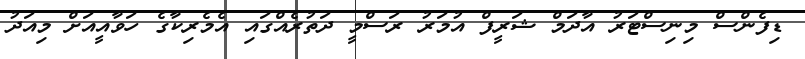
ޑިފެންސް މިނިސްޓަރު އާދަމް ޝަރީފް އުމަރު ރަސްމީ ދަތުރެއްގައި އެމެރިކާގެ ހަވާއީއަށް މިއަދު